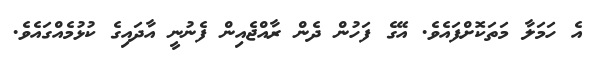
އެ ހަމަލާ މަތަކޮށްފައެވެ. އޭގެ ފަހުން ދެން ރާއްޖެއިން ފެނުނީ އާދައިގެ ކުޅުމެއްގައެވެ.